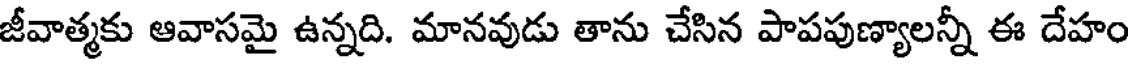
జీవాత్మకు ఆవాసమై ఉన్నది. మానవుడు తాను చేసిన పాపపుణ్యాలన్నీ ఈ దేహం